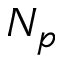
N _ { p }